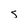
Character: s